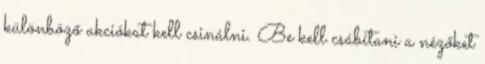
különböző akciókat kell csinálni. Be kell csábítani a nézőket